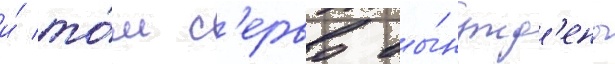
и́ то́м с'ерво вы́нужд'ены